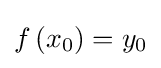
f\left(x_{0}\right)=y_{0}